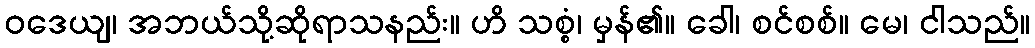
ဝဒေယျ၊ အဘယ်သို့ဆိုရာသနည်း။ ဟိ သစ္စံ၊ မှန်၏။ ခေါ၊ စင်စစ်။ မေ၊ ငါသည်။